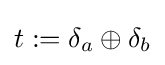
t:=\delta _{a}\oplus \delta _{b}